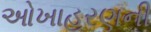
ઓખાહરણની